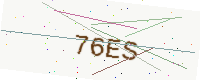
Text: 76ES